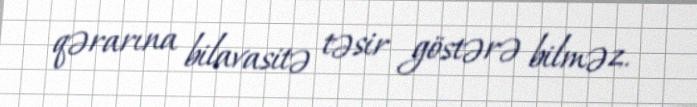
qərarına bilavasitə təsir göstərə bilməz.